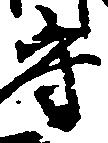
守